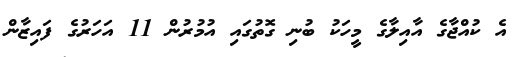
އެ ކުއްޖާގެ އާއިލާގެ މީހަކު ބުނި ގޮތުގައި އުމުރުން 11 އަހަރުގެ ފައިޒާން